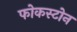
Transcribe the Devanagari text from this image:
फोकस्टोन